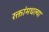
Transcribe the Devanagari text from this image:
रक्तांमधल्या